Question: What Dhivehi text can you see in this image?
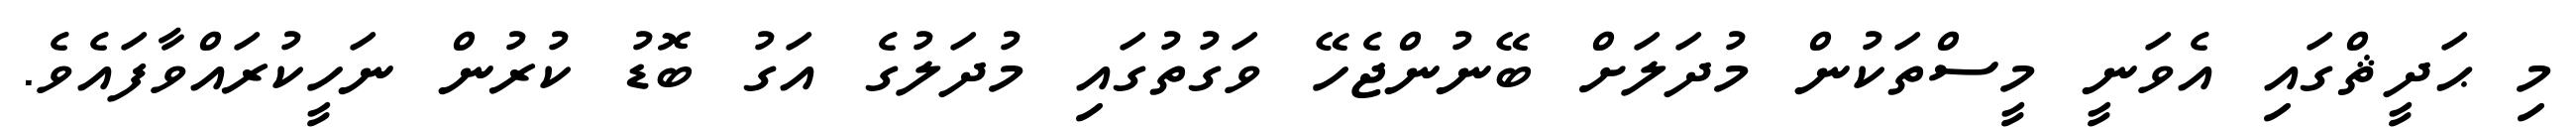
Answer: މި ޙަދީޘްގައި އެވަނީ މީސްތަކުން މުދަލަށް ބޭނުންޖެހޭ ވަގުތުގައި މުދަލުގެ އަގު ބޮޑު ކުރުން ނަހީކުރައްވާފައެވެ.